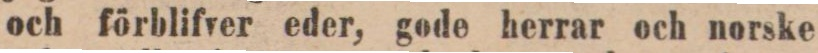
och förblifver eder, gode herrar och norske